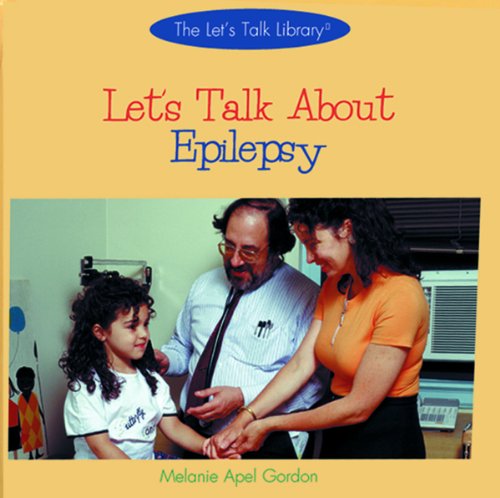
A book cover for Let's Talk About Epilepsy (The Let's Talk Library); Melanie Apel Gordon; Health, Fitness & Dieting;